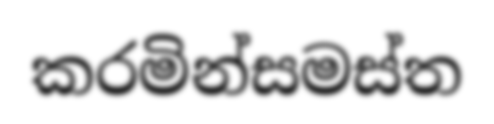
කරමින්සමස්ත